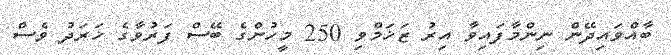
ބާއްވައިދޭން ނިންމާފައިވާ އިރު ޒަޚަމްވި 250 މީހުންގެ ބޭސް ފަރުވާގެ ޚަރަދު ވެސް